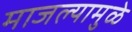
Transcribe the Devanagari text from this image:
माजल्यामुळे